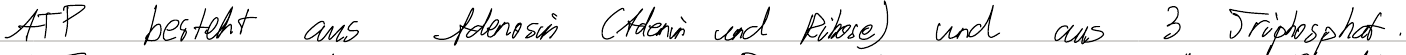
ATP besteht aus Adenosin (Adenin und Ribose) und aus 3 Triphosphat.